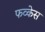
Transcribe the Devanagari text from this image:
फव्केस